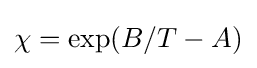
\chi =\exp(B/T-A)